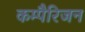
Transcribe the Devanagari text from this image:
कम्पैरिजन